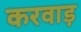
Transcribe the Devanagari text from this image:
करवाड़